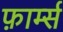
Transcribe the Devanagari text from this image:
फ़ार्म्स